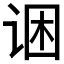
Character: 𲂋